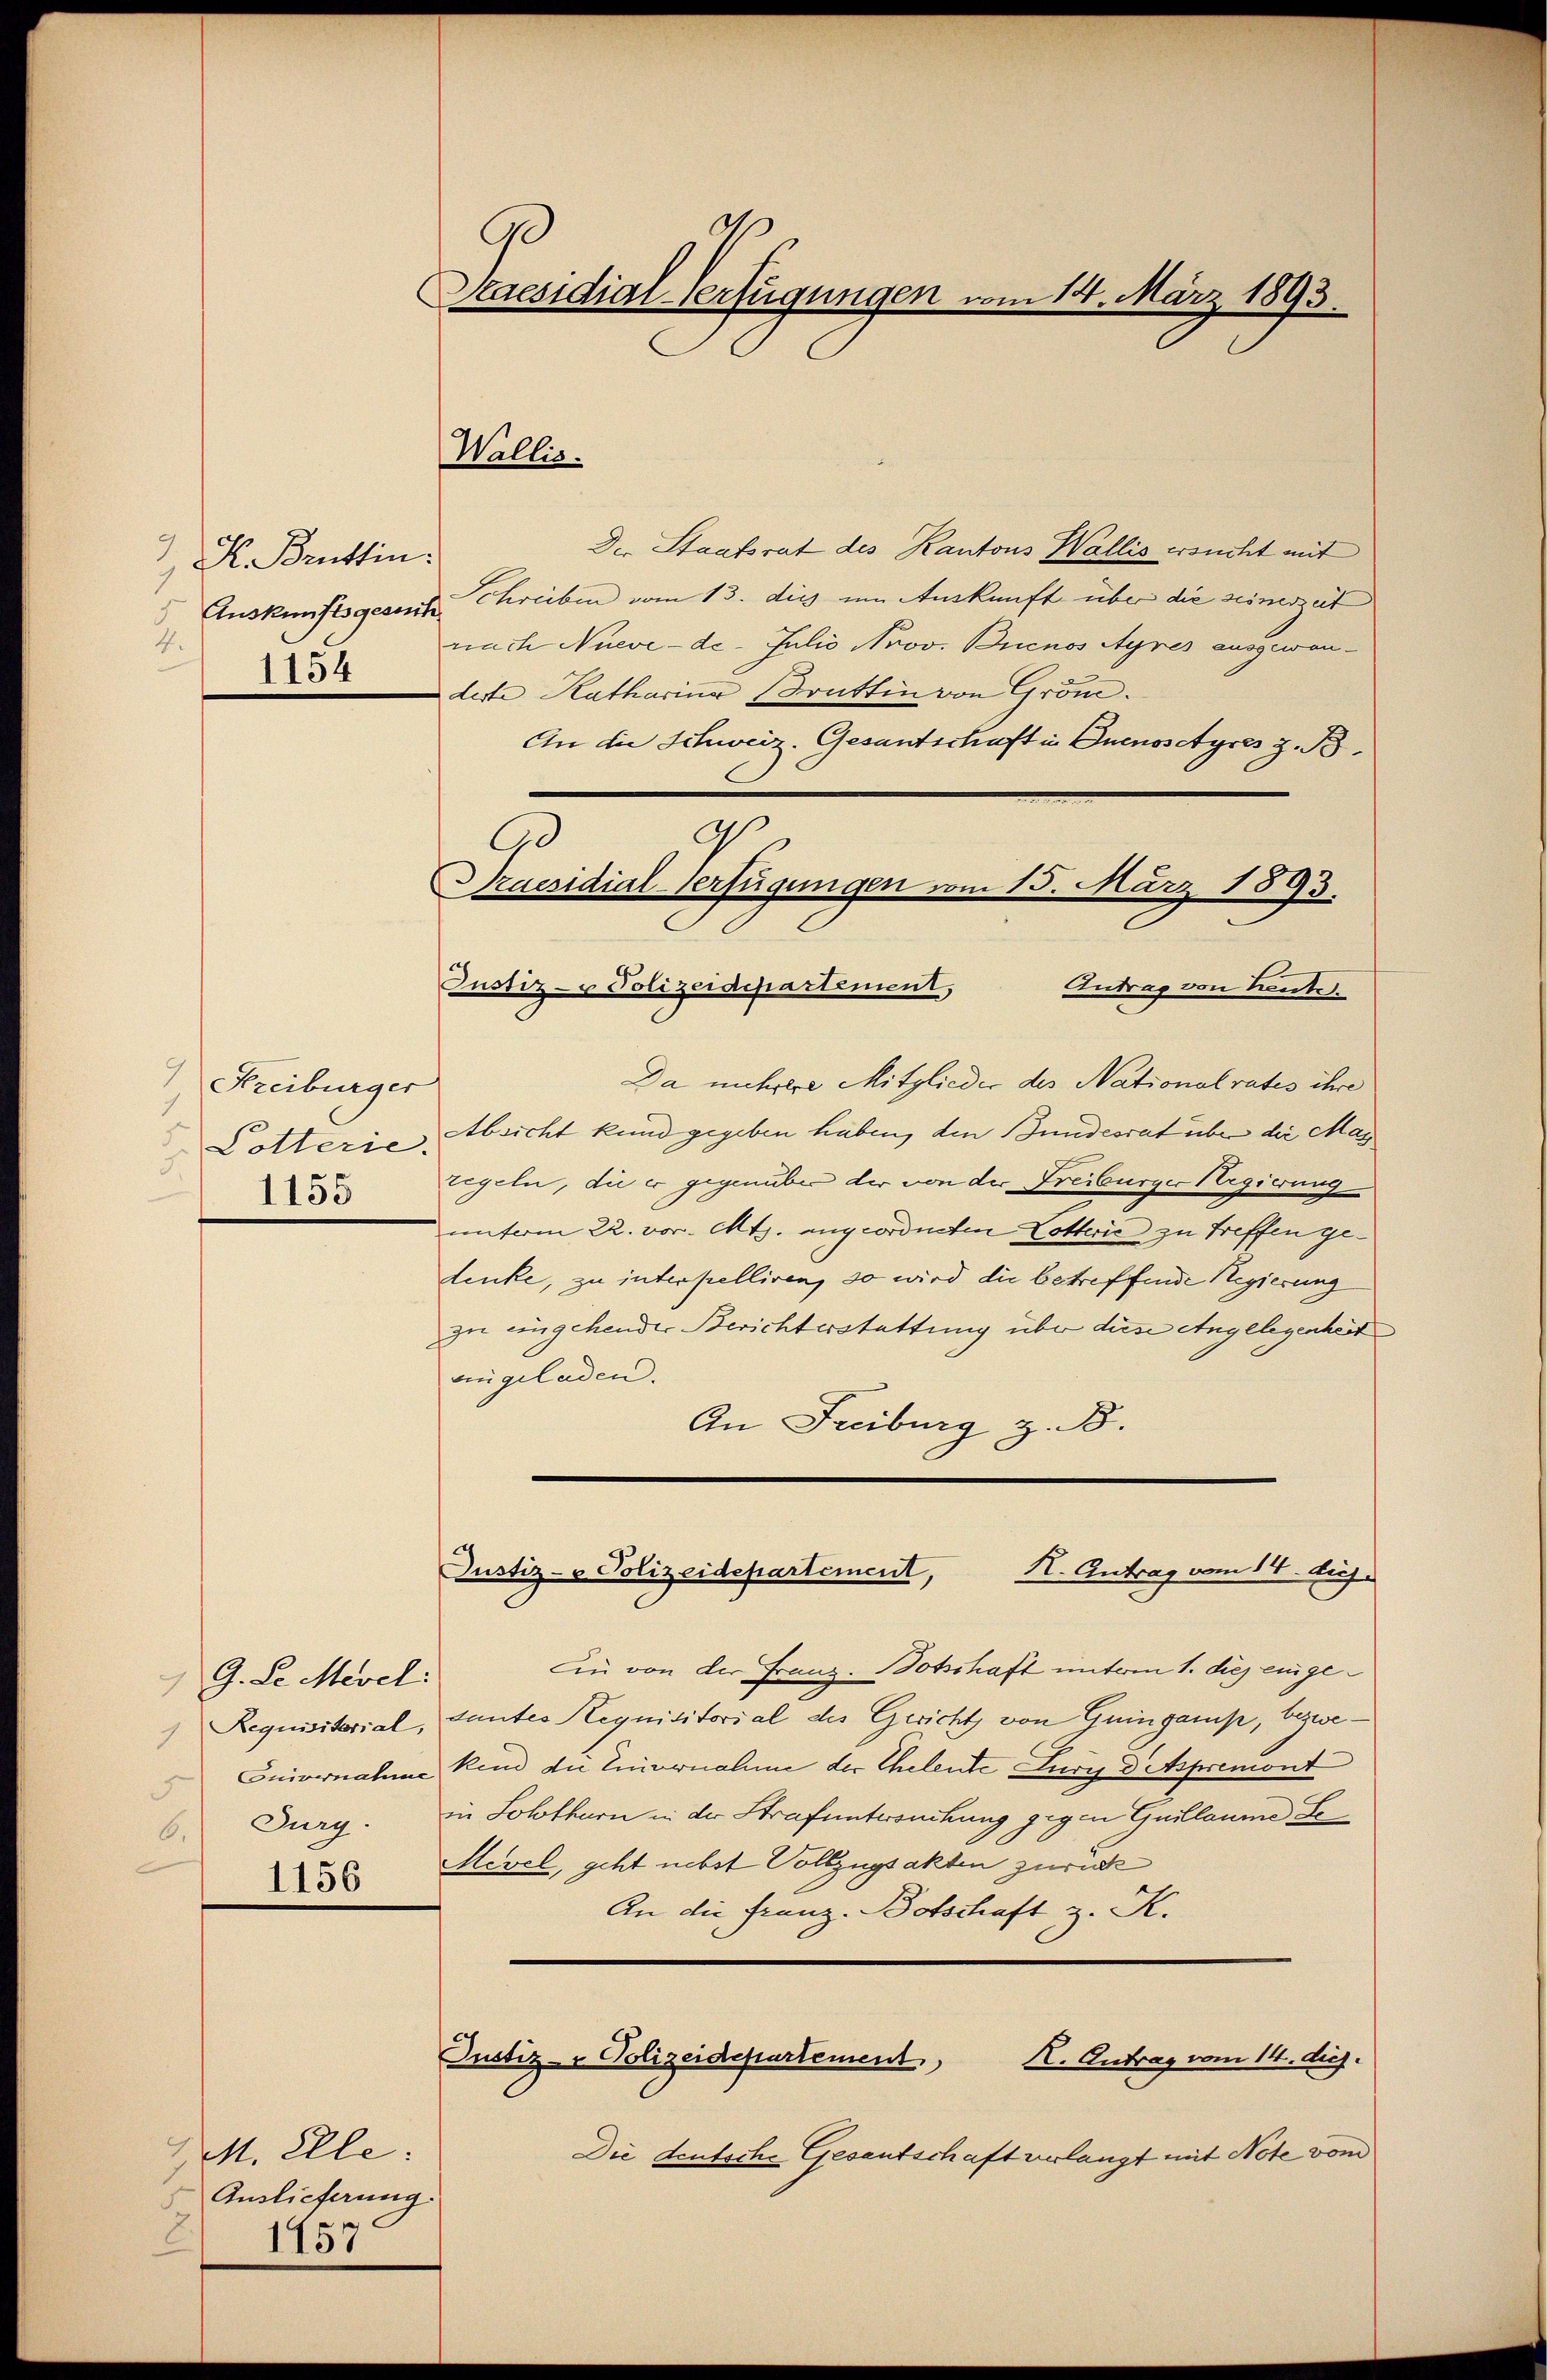
H. Brüttin.
7
Auskunftsgesuch
2.
1154

Freiburger
5. Potterie.
3.
1155

G. L. Mevel:
Jurg.
6.
1156

M. Elle:
Auslieferung.
2) 1757

9
Praesidial-Verfügungen vom 14. März 1893.

Der Staatsrat des Kantons Wallis ersucht mit
Schreiben vom 13. die im Auskunft über die seinerzeit
nach Nueve-de- Julio Nrov. Buenos Ayres ausgewandeste Katharina Brattin von Grom.
An die Schweiz. Gesantschaft in Quenosctyres z. B.
Praesidial-Verfügungen vom 15. März 1893.
Justiz- & Polizeidepartement,
Antrag von Leute.
Da unterere Mitglieder des Nationalrates ihre
Absicht kund gegeben haben, den Bundesrat über die May
regeln, die er gegenüber der von der Freiburger Regierung
unterm 22. vor. Mts. angeordneten Lotterie zu treffen gedenke, zu interpelliren, so wird die betreffende Regierung
In eingehender Berichterstattung über diese Angelegenheit
eingeladen.
An Freiburg z. B.
Justiz- & Polizeidepartement,
K. Antrag vom 14. Aug.
Din von der Franz. Botschaft unterm 1. die einge¬
1 Requisitorial, Gantes Requisitorial des Gericht von Guingamp, bezwe¬
Enivernahme kind die Einvernahme der Eheleute Jury Depremont
in Solothurn in der Strafuntersuchung gegen Guillaume Le
Mevel, geht nebst Vollzugsakten zurück
An die Franz. Botschaft z. K.
Justiz- & Polizeidepartement
X. Antrag vom 14. dies.
Die deutsche Gesantschaft verlangt mit Note vom

Wallis.

9
90